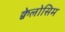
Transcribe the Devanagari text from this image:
क्वेलोसिम